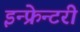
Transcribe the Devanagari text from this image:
इन्फ्रेन्टरी